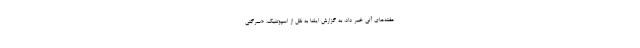
هفته‌های آتی خبر داد. به گزارش ایلنا‌ به نقل از اسپوتنیک، «سرگئی